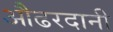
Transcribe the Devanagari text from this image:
औढरदानी